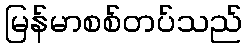
မြန်မာစစ်တပ်သည်